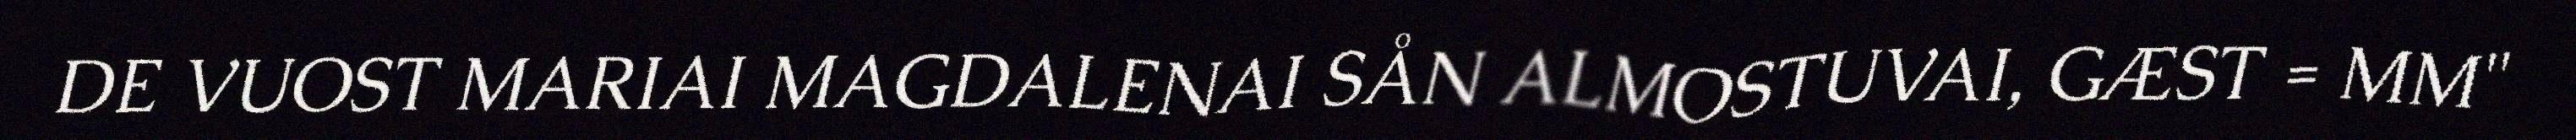
DE VUOST MARIAI MAGDALENAI SÅN ALMOSTUVAI, GÆST = MM"